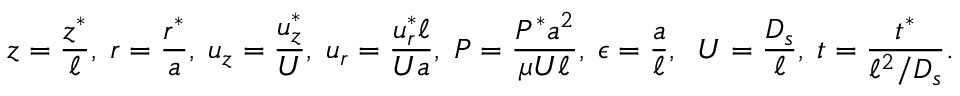
z = \frac { z ^ { * } } { \ell } , \; r = \frac { r ^ { * } } { a } , \; u _ { z } = \frac { u _ { z } ^ { * } } { U } , \; u _ { r } = \frac { u _ { r } ^ { * } \ell } { U a } , \; P = \frac { P ^ { * } a ^ { 2 } } { \mu U \ell } , \; \epsilon = \frac { a } { \ell } , \; \; U = \frac { D _ { s } } { \ell } , \; t = \frac { t ^ { * } } { \ell ^ { 2 } / D _ { s } } .